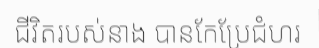
ជីវិតរបស់នាង បានកែប្រែជំហរ